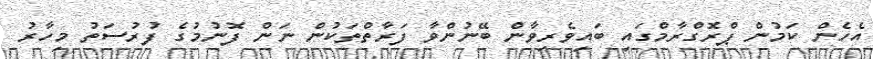
އެހެން ކަމުން ޕްރޮގްރާމްގައި ބައިވެރިވާން ބޭނުންވާ ފަރާތްތަކުން ނަން ފޮނުމުގެ ފުރުސަތު މިހާރު